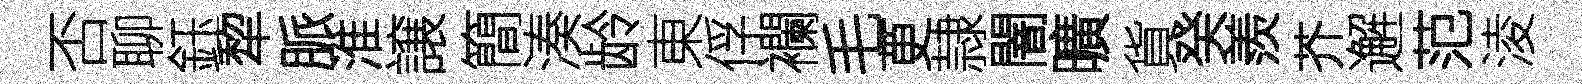
否聊鈺犂脈淮譲簡湊龄東俘襴毛茰隷闇曠貨癸羨芥邂范淩